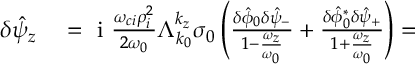
\begin{array} { r l } { \delta \hat { \psi } _ { z } } & { { } = \mathrm { ~ i ~ } \frac { \omega _ { c i } \rho _ { i } ^ { 2 } } { 2 \omega _ { 0 } } \Lambda _ { k _ { 0 } } ^ { k _ { z } } \sigma _ { 0 } \left( \frac { \delta \hat { \phi } _ { 0 } \delta \hat { \psi } _ { - } } { 1 - \frac { \omega _ { z } } { \omega _ { 0 } } } + \frac { \delta \hat { \phi } _ { 0 } ^ { * } \delta \hat { \psi } _ { + } } { 1 + \frac { \omega _ { z } } { \omega _ { 0 } } } \right) = } \end{array}